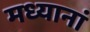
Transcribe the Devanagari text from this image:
मध्यानां